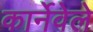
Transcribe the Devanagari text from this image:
कार्नेवेले